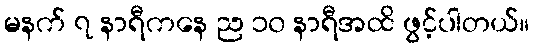
မနက် ၇ နာရီကနေ ည ၁၀ နာရီအထိ ဖွင့်ပါတယ်။